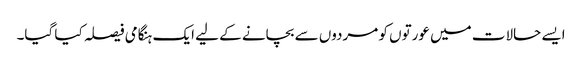
ایسے حالات میں عورتوں کو مردوں سے بچانے کے لیے ایک ہنگامی فیصلہ کیا گیا۔